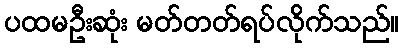
ပထမဦးဆုံး မတ်တတ်ရပ်လိုက်သည်။